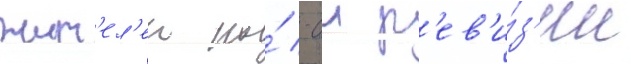
жит'ел'еи по́ -ои р'ев'и́з'ии